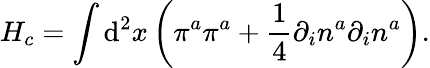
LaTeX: H_{c}=\int\mathrm{d}^{2}x\left(\pi^{a}\pi^{a}+\frac{1}{4}\partial_{i}n^{a}\partial_{i}n^{a}\right).